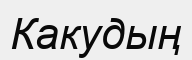
Какудың